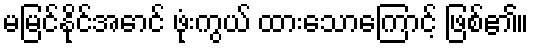
မမြင်နိုင်အောင် ဖုံးကွယ် ထားသောကြောင့် ဖြစ်၏။